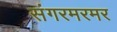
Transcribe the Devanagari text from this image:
संगरमरमर